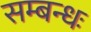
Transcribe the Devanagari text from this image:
सम्बन्धः